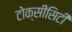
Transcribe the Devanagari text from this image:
टोक्सीसिटी